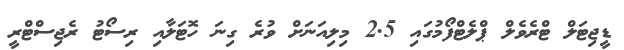
ޑީޖިޓަލް ޓްރެވެލް ޕްލެޓްފޯމުގައި 2.5 މިލިއަނަށް ވުރެ ގިނަ ހޮޓަލާއި ރިސޯޓު ރެޖިސްޓްރީ